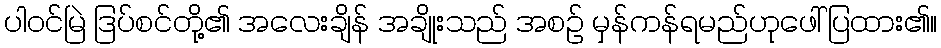
ပါဝင်မြဲ ဒြပ်စင်တို့၏ အလေးချိန် အချိုးသည် အစဉ် မှန်ကန်ရမည်ဟုဖေါ်ပြထား၏။